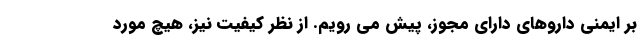
بر ایمنی داروهای دارای مجوز، پیش می رویم. از نظر کیفیت نیز، هیچ مورد